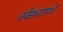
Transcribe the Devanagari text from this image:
खेड्यामधे